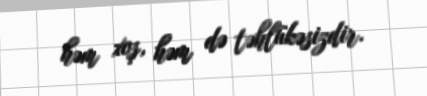
həm xoş, həm də təhlükəsizdir.